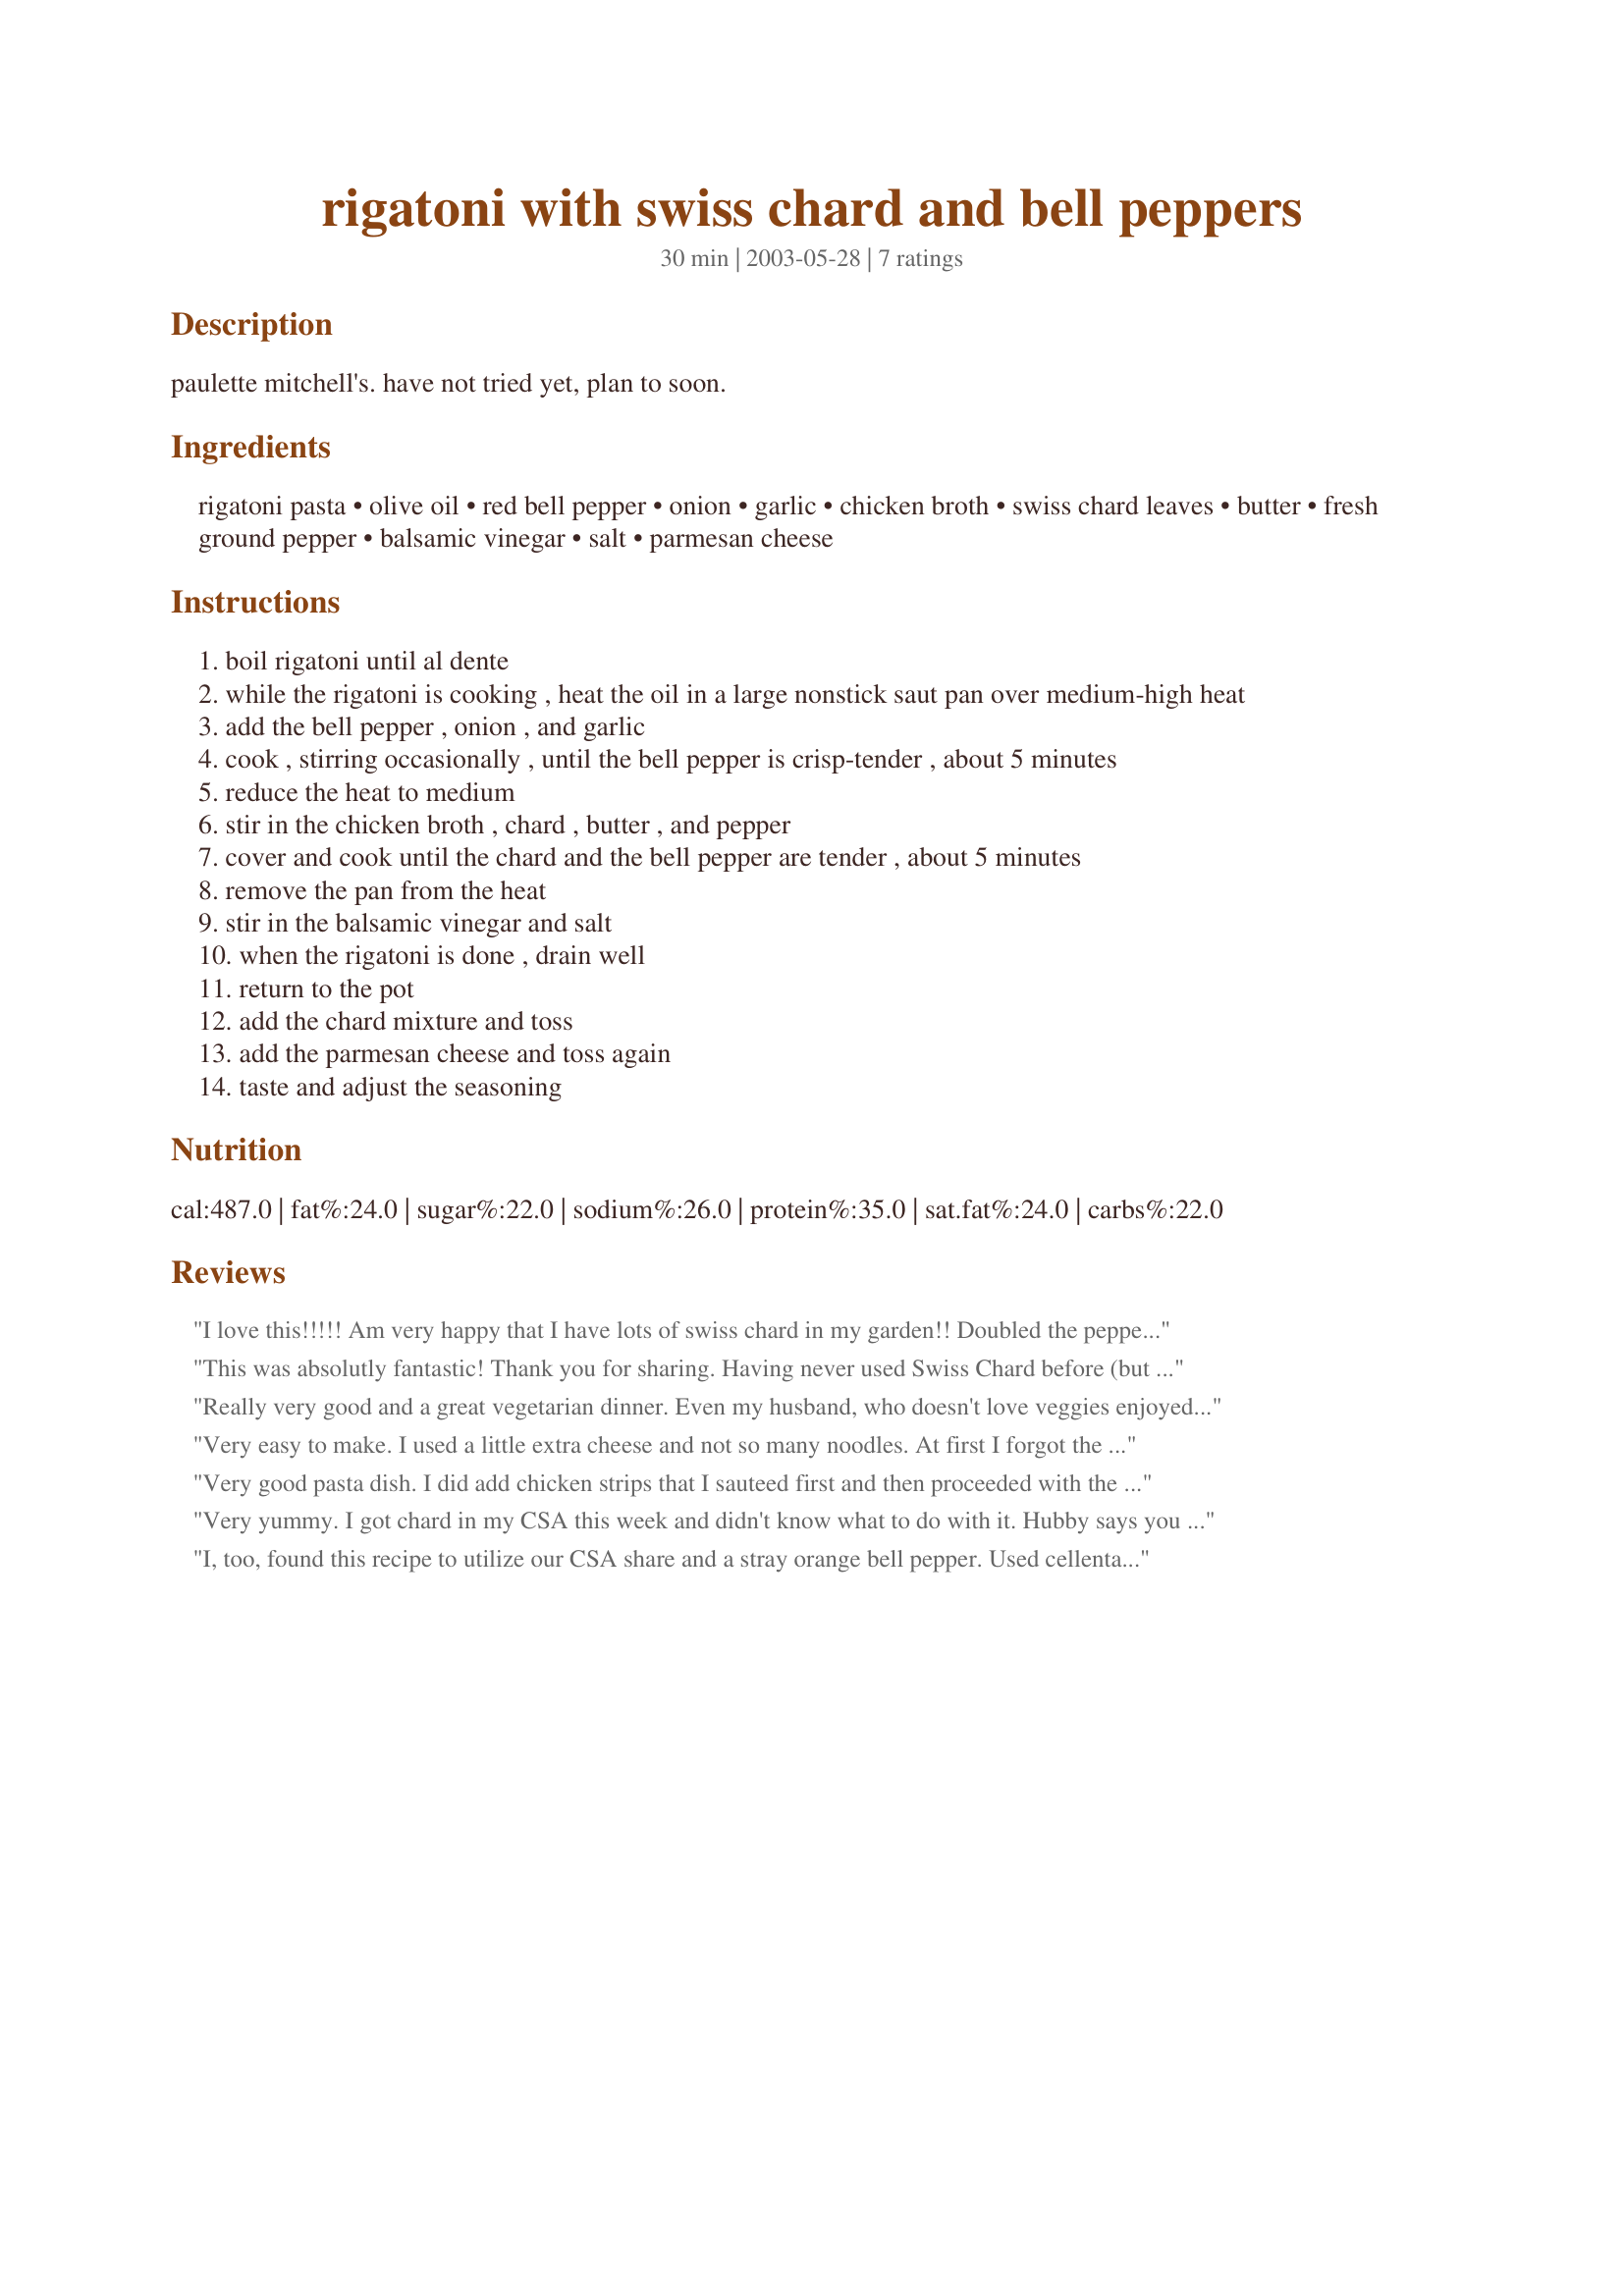
rigatoni with swiss chard and bell peppers
Preparation time: 30 minutes

paulette mitchell's. have not tried yet, plan to soon.

Ingredients:
rigatoni pasta, olive oil, red bell pepper, onion, garlic, chicken broth, swiss chard leaves, butter, fresh ground pepper, balsamic vinegar, salt, parmesan cheese

Steps:
boil rigatoni until al dente
while the rigatoni is cooking , heat the oil in a large nonstick saut pan over medium-high heat
add the bell pepper , onion , and garlic
cook , stirring occasionally , until the bell pepper is crisp-tender , about 5 minutes
reduce the heat to medium
stir in the chicken broth , chard , butter , and pepper
cover and cook until the chard and the bell pepper are tender , about 5 minutes
remove the pan from the heat
stir in the balsamic vinegar and salt
when the rigatoni is done , drain well
return to the pot
add the chard mixture and toss
add the parmesan cheese and toss again
taste and adjust the seasoning

Reviews:
I love this!!!!! Am very happy that I have lots of swiss chard in my garden!! Doubled the peppers and onion.
This was absolutly fantastic! Thank you for sharing. Having never used Swiss Chard before (but having some growing in our garden this year) we were in need of some know how and this recipe provided that. I felt like I could eat a bottomless bowl. Wonderful!
Really very good and a great vegetarian dinner. Even my husband, who doesn't love veggies enjoyed this. I had a ton of chard plus red peppers in my organic share box this week, and this was a great way to use them. Thanks for sharing the recipe!
Very easy to make. I used a little extra cheese and not so many noodles. At first I forgot the vinegar, and it was only so-so. Then once I added it, it really became very good!
Very good pasta dish. I did add chicken strips that I sauteed first and then proceeded with the recipe. Used fresh chard from the garden.
Very yummy. I got chard in my CSA this week and didn't know what to do with it. Hubby says you could even add spinach.
I, too, found this recipe to utilize our CSA share and a stray orange bell pepper. Used cellentani instead of rigatoni because it's what was on hand. Didn't have enough chard so ended up with too much pasta (even though it wasn't a full box to begin with). Forgot my balsamic was raspberry balsamic and was concerned it wouldn't do; used Italian dressing instead. Made a great lunch! Thank you for sharing!
